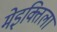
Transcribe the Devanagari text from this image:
मेइक्तिला